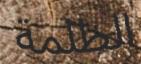
الظلمة